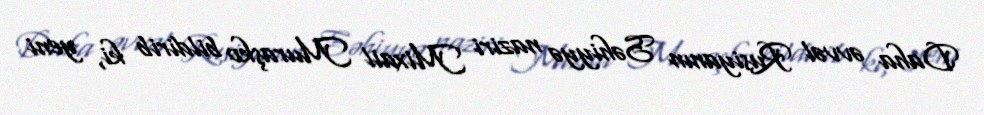
Daha əvvəl Rusiyanın Səhiyyə naziri Mixail Muraşko bildirib ki, yeni